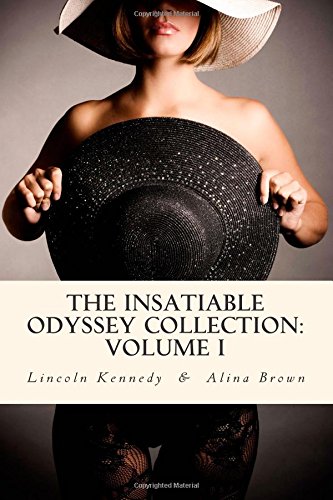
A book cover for The Insatiable Odyssey Collection: Volume I; Lincoln Kennedy; Romance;